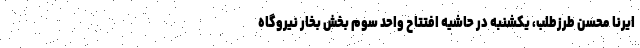
ایرنا محسن طرزطلب، یکشنبه در حاشیه افتتاح واحد سوم بخش بخار نیروگاه